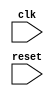
module synchronous_sequential_logic(
    input wire clk,
    input wire reset
);

reg internal_state;

always @(negedge clk) begin
    if (reset) begin
        internal_state <= 0;
    end else begin
        //update internal state or perform specified action
    end
end

endmodule